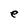
Character: e